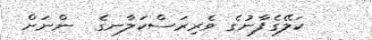
ކަލޭގެފާނުގެ ވެރިރަސްކަލާނގެ  ންނަށް